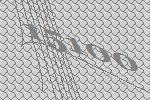
15100